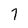
Character: 7